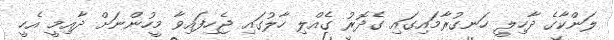
ލަންކާގެ ދާހިލީ ހަނގުރާމައިގައި ގެދޮރު ގެއްލި ހާލުގައި ޖެހިފައިވާ މީހުންނަށް ދާއިމީ އެހީ